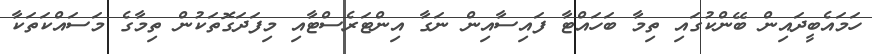
ހަމައެބީދައިން ބޭންކުގައި ތިމާ ބަހައްޓާ ފައިސާއިން ނަގާ އިންޓަރެސްޓާއި މިފަދަގޮތަކުން ތިމާގެ މަސައްކަތަކާ